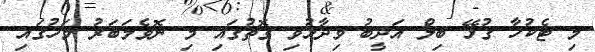
މި ޓެކުހާ ގުޅޭ ބިލް އަދީބު ވިދާޅުވި ގޮތުގައި މި ނޮވެމަބަރު މަހުގައި